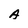
Character: A